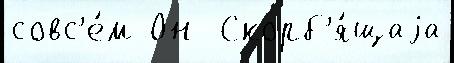
совс'е́м Он  Скорб'я́щаjа